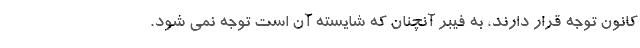
کانون توجه قرار دارند، به فیبر آنچنان که شایسته آن است توجه نمی شود.